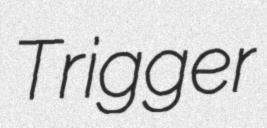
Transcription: Trigger